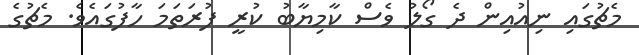
މެޗުގައި ނިއުއިން ދެ ގޯލު ވެސް ކާމިޔާބު ކުރީ ފުރަތަމަ ހާފުގައެވެ. މެޗުގެ